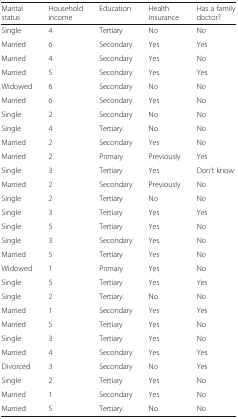
| Marital status | Household income | Education | Health insurance | Has a family doctor? |
 | --- | --- | --- | --- | --- |
 | Single | 4 | Tertiary | No | No |
 | Married | 6 | Secondary | Yes | Yes |
 | Married | 4 | Secondary | Yes | No |
 | Married | 5 | Secondary | Yes | Yes |
 | Widowed | 6 | Secondary | No | No |
 | Married | 6 | Secondary | Yes | No |
 | Single | 2 | Secondary | No | No |
 | Single | 4 | Tertiary | No | No |
 | Married | 2 | Secondary | Yes | No |
 | Married | 2 | Primary | Previously | Yes |
 | Single | 3 | Tertiary | Yes | Don’t know |
 | Married | 2 | Secondary | Previously | No |
 | Single | 2 | Tertiary | No | No |
 | Single | 3 | Tertiary | Yes | Yes |
 | Single | 5 | Tertiary | Yes | No |
 | Single | 3 | Secondary | Yes | No |
 | Married | 5 | Tertiary | Yes | No |
 | Widowed | 1 | Primary | Yes | No |
 | Single | 5 | Tertiary | Yes | Yes |
 | Single | 2 | Tertiary | No | No |
 | Married | 1 | Secondary | Yes | Yes |
 | Married | 5 | Tertiary | Yes | No |
 | Single | 3 | Tertiary | Yes | No |
 | Married | 4 | Secondary | Yes | Yes |
 | Divorced | 3 | Secondary | No | Yes |
 | Single | 2 | Tertiary | Yes | No |
 | Married | 1 | Secondary | Yes | No |
 | Married | 5 | Tertiary | No | No |